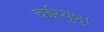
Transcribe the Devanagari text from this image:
चईय्युन्नु।